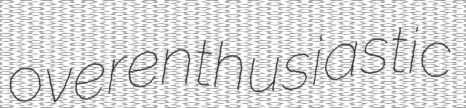
overenthusiastic